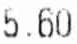
5.60